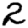
Digit: 2